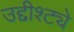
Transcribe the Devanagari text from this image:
उद्दीश्ट्ये